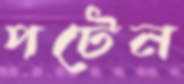
পটেন